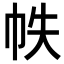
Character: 帙